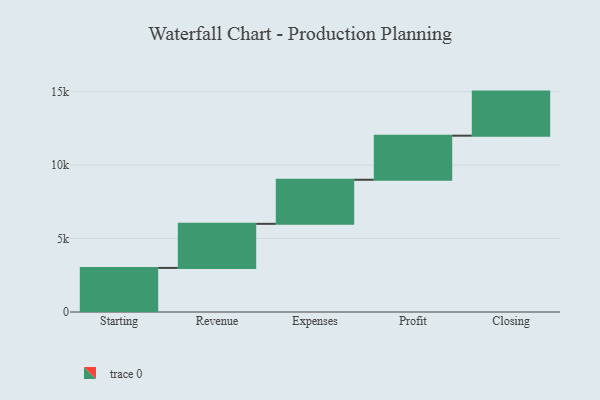
{"axis": {"x": "Step", "y": "Value"}, "legend": [""], "data": [{"x": "Starting", "y": 3000, "type": ""}, {"x": "Revenue", "y": 3000, "type": ""}, {"x": "Expenses", "y": 3000, "type": ""}, {"x": "Profit", "y": 3000, "type": ""}, {"x": "Closing", "y": 3000, "type": ""}]}